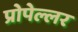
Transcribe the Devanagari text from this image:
प्रोपेल्लर